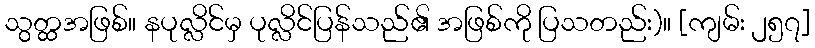
သွတ္ထအဖြစ်။ နပုလ္လိင်မှ ပုလ္လိင်ပြန်သည်၏ အဖြစ်ကို ပြသတည်း)။ [ကျမ်း ၂၅၇]